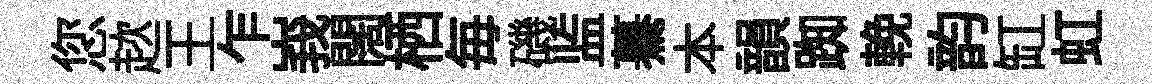
您趑王乍峩闊栖毎磯监驀本韻踟輓韵缸虹